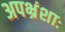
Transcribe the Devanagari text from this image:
अपभ्रंशाः